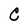
Character: C